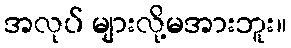
အလုပ် များလို့မအားဘူး။